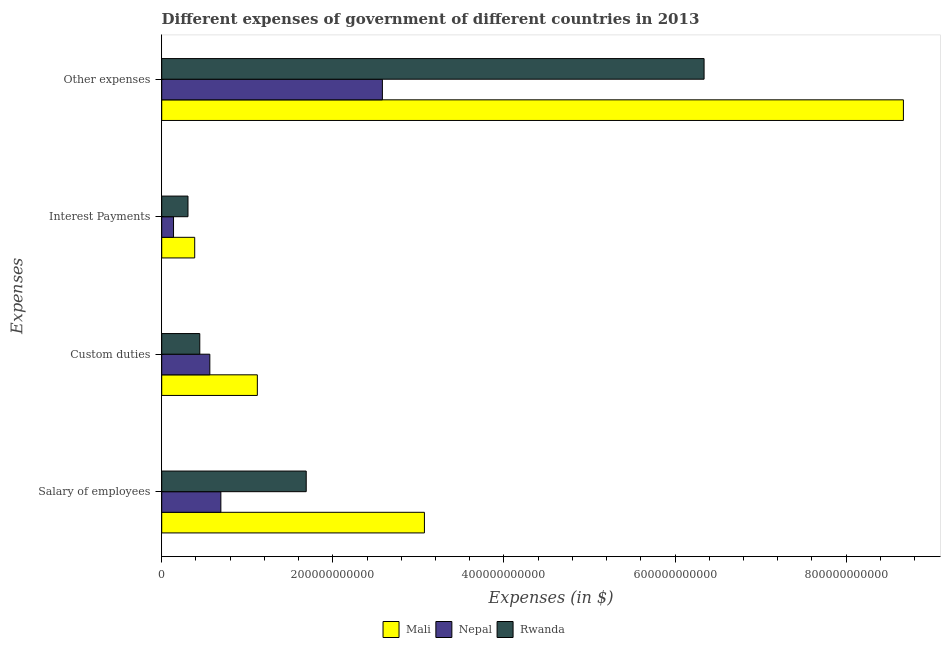
| Expenses | Mali | Nepal | Rwanda |
 | --- | --- | --- | --- |
 | Salary of employees | 3.07e+11 | 6.91e+10 | 1.69e+11 |
 | Custom duties | 1.12e+11 | 5.62e+10 | 4.45e+10 |
 | Interest Payments | 3.86e+10 | 1.38e+10 | 3.07e+10 |
 | Other expenses | 8.67e+11 | 2.58e+11 | 6.34e+11 |